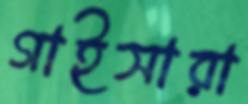
গাইসারা